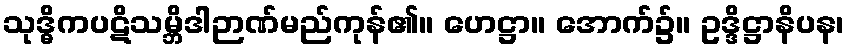
သုဒ္ဓိကပဋိသမ္ဘိဒါဉာဏ်မည်ကုန်၏။ ဟေဋ္ဌာ။ အောက်၌။ ဥဒ္ဒိဋ္ဌာနိပန၊